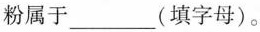
粉，淀粉属于 ___(填字母)。